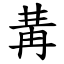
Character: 冓